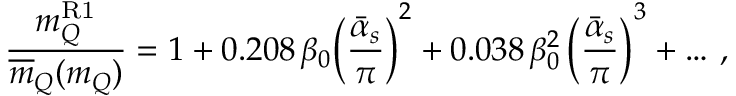
{ \frac { m _ { Q } ^ { \mathrm { R 1 } } } { \overline { { { m } } } _ { Q } ( m _ { Q } ) } } = 1 + 0 . 2 0 8 \, \beta _ { 0 } \bigg ( { \frac { \bar { \alpha } _ { s } } { \pi } } \bigg ) ^ { 2 } + 0 . 0 3 8 \, \beta _ { 0 } ^ { 2 } \, \bigg ( { \frac { \bar { \alpha } _ { s } } { \pi } } \bigg ) ^ { 3 } + \dots \, ,